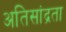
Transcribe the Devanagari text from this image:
अतिसांद्रता